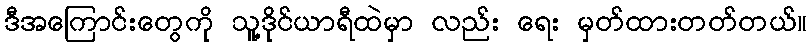
ဒီအကြောင်းတွေကို သူ့ဒိုင်ယာရီထဲမှာ လည်း ရေး မှတ်ထားတတ်တယ်။